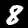
Label: 8